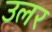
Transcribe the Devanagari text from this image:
उलर